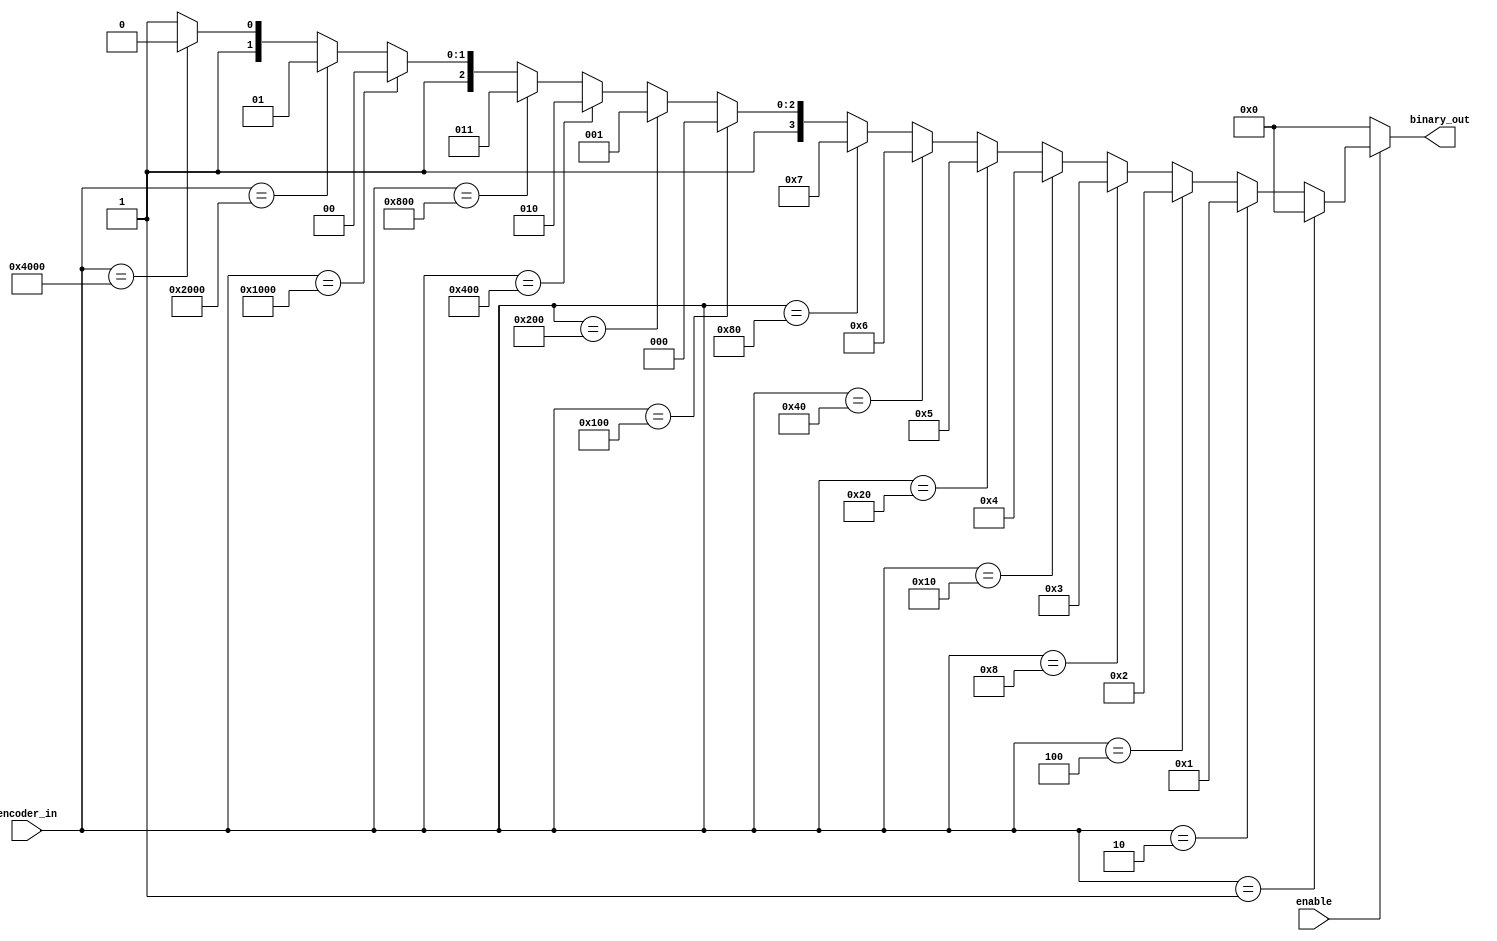
module encoder(
binary_out , //  4 bit sada binaria
encoder_in , //  16-bit entrada
enable       //  Ligar o encoder
);

	output [3:0] binary_out ;
	input  enable ; 
	input [15:0] encoder_in ; 

	wire [3:0] binary_out ;
      
	assign  binary_out  = (!enable) ? 0 : (
		(encoder_in == 16'b0000_0000_0000_0001) ? 0 : 
		(encoder_in == 16'b0000_0000_0000_0010) ? 1 : 
		(encoder_in == 16'b0000_0000_0000_0100) ? 2 : 
		(encoder_in == 16'b0000_0000_0000_1000) ? 3 : 
		(encoder_in == 16'b0000_0000_0001_0000) ? 4 : 
		(encoder_in == 16'b0000_0000_0010_0000) ? 5 : 
		(encoder_in == 16'b0000_0000_0100_0000) ? 6 : 
		(encoder_in == 16'b0000_0000_1000_0000) ? 7 : 
		(encoder_in == 16'b0000_0001_0000_0000) ? 8 : 
		(encoder_in == 16'b0000_0010_0000_0000) ? 9 : 
		(encoder_in == 16'b0000_0100_0000_0000) ? 10 : 
		(encoder_in == 16'b0000_1000_0000_0000) ? 11 : 
		(encoder_in == 16'b0001_0000_0000_0000) ? 12 : 
		(encoder_in == 16'b0010_0000_0000_0000) ? 13 : 
		(encoder_in == 16'b0100_0000_0000_0000) ? 14 : 15); 
	
endmodule